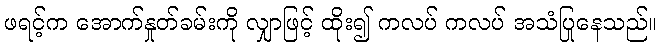
ဖရင့်က အောက်နှုတ်ခမ်းကို လျှာဖြင့် ထိုး၍ ကလပ် ကလပ် အသံပြုနေသည်။